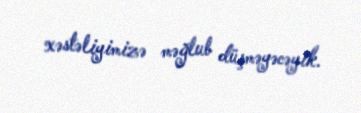
xəstəliyimizə məğlub düşməyəcəyik.